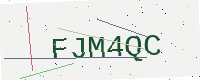
Text: FJM4QC